Insane asylums Bombay 1873-77 - 1873-1877
Year: 1873
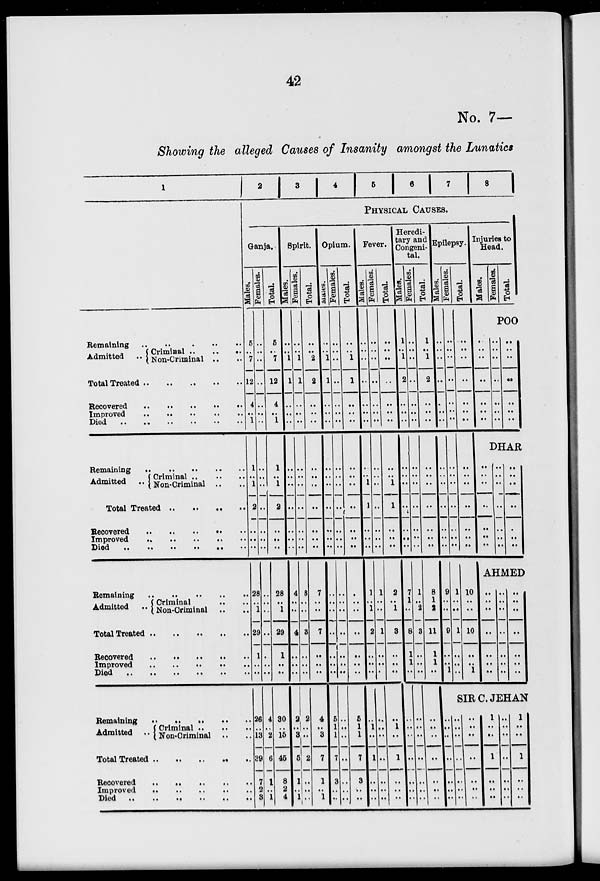
42
No. 7—
Showing the alleged Causes of Insanity amongst the Lunatics
1
Remaining .. .. .. ..
Admitted
..
Criminal .. .. ..
Non-Criminal .. ..
Total Treated .. .. .. .. ..
Recovered .. .. .. .. ..
Improved .. .. .. .. ..
Died
..
..
..
..
..
Remaining .. .. .. .. ..
Admitted ..
Criminal .. .. ..
Non-Criminal .. ..
Total Treated .. .. .. ..
Recovered .. .. .. .. ..
Improved .. .. .. .. ..
Died .. .. .. .. .. ..
Ramaining .. .. .. ..
Admitted ..
Criminal .. ..
Non-Criminal .. ..
Total Treated .. .. .. .. ..
Recovered .. .. .. ..
Improved .. .. .. ..
Died
.. .. ..
Remaining .. .. .. ..
Admitted .. Criminal .. ..
Non-Criminal .. ..
Total Treated .. .. .. .. ..
Recovered .. .. .. ..
Improved .. .. .. ..
Died .. .. .. .. .. ..
2
3 4 5 6 7 8
PHYSICAL CAUSES.
Ganja.
Males.
5
..
7
12
4
..
1
1
..
1
2
..
..
..
28
..
1
29
1
..
..
26
..
13
39
7
2
3
Females.
..
..
..
..
..
..
..
..
..
..
..
..
..
..
..
..
..
..
..
..
..
4
..
2
6
1
..
1
Total.
5
..
7
12
4
..
1
1
..
1
2
..
..
..
28
..
1
29
1
..
..
30
..
15
45
8
2
4
Spirit.
Males.
..
..
1
1
..
..
..
..
..
..
..
..
..
..
4
..
..
4
..
..
..
2
3
5
1
..
1
Females.
..
..
1
1
..
..
..
..
..
..
..
..
..
..
3
..
..
3
..
..
..
2
..
2
..
..
..
Total.
..
..
2
2
..
..
..
..
..
..
..
..
..
..
7
..
..
7
..
..
..
4
3
7
1
..
1
Opium.
Males.
..
..
1
1
..
..
..
..
..
..
..
..
..
..
..
..
..
..
..
..
..
5
1
1
7
3
..
..
Females.
..
..
..
..
..
..
..
..
..
..
..
..
..
..
..
..
..
..
..
..
..
..
..
..
..
..
..
..
Total.
..
..
1
1
..
..
..
..
..
..
..
..
..
..
..
..
..
..
..
..
..
5
1
1
7
3
..
..
Fever.
Males.
..
..
..
..
..
..
..
..
..
1
1
..
..
..
1
..
1
2
..
..
..
..
1
..
1
..
..
..
Females.
..
..
..
..
..
..
..
..
..
..
..
..
..
..
1
..
..
1
..
..
..
..
..
..
..
..
..
..
Total.
..
..
..
..
..
..
..
..
..
1
1
..
..
..
2
..
1
3
..
..
..
..
1
..
1
..
..
..
Heredi-
tary and
Congeni-
tal.
Males.
1
..
1
2
..
..
..
..
..
..
..
..
..
..
7
1
..
8
1
1 ..
..
..
..
..
..
..
..
Females.
..
..
..
..
..
..
..
..
..
..
..
..
..
..
1
..
2
3
..
..
..
..
..
..
..
..
..
..
Total.
1
..
1
2
..
..
..
..
..
..
..
..
..
..
8
1
2
11
1
1
..
..
..
..
..
..
..
..
Epilepsy.
Males.
..
..
..
..
..
..
..
..
..
..
..
..
..
..
9
..
..
9
..
..
1
..
..
..
..
..
..
..
Females.
..
..
..
..
..
..
..
..
..
..
..
..
..
..
1
..
1
..
..
..
Total.
..
..
..
..
..
..
..
..
..
..
..
..
..
..
..
10
..
10
..
..
1
Injuries to
Head.
Males.
Females.
Total.
POO
..
..
..
..
..
..
..
..
..
..
..
..
..
..
..
..
..
..
..
..
..
DHAR
..
..
..
..
..
..
..
..
..
..
..
..
..
..
..
..
..
..
..
..
..
AHMED
..
..
..
..
..
..
..
..
..
..
..
..
..
..
..
..
..
..
..
..
..
SIR C. JEHAN
..
..
..
..
..
..
..
..
..
..
..
..
..
..
1
..
..
1
..
..
..
..
..
..
..
..
..
..
1
..
..
1
..
..
..